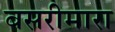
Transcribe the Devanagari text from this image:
बसरीमारा